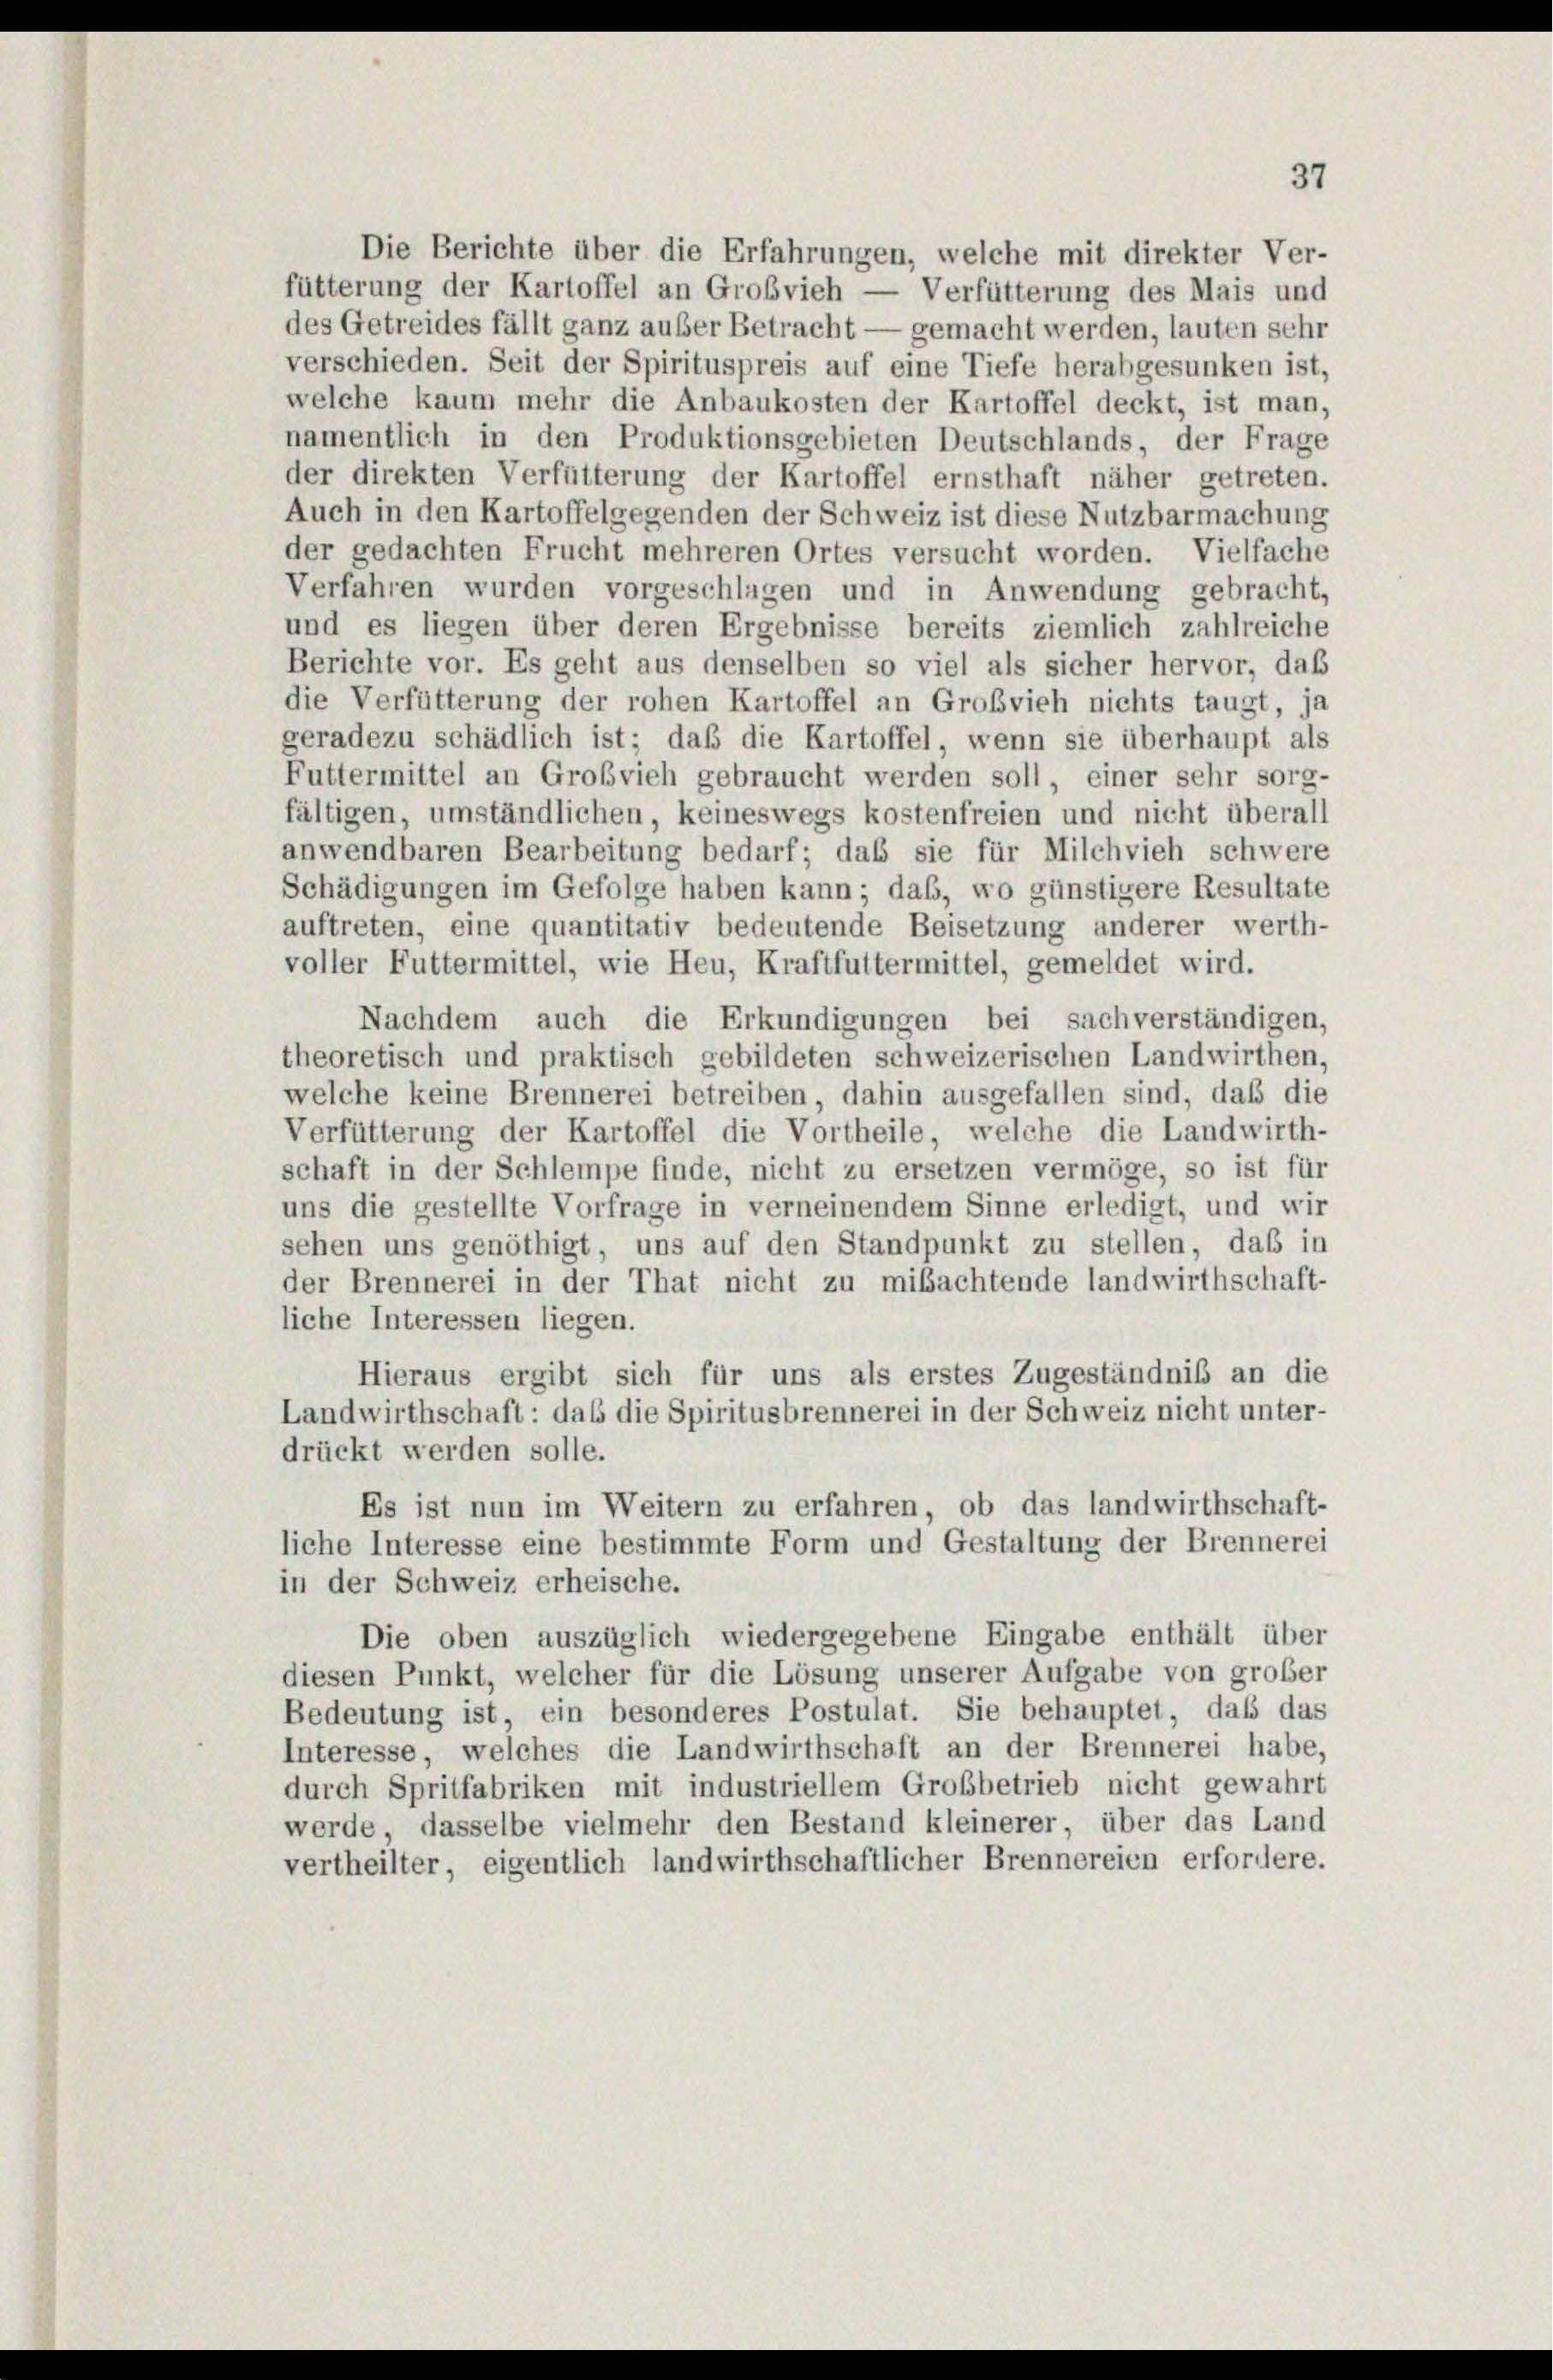
37

Die Berichte über die Erfahrungen, welche mit direkter Ver-
fütterung der Kartoffel an Großvieh — Verfütterung des Mais und
des Getreides fällt ganz auser Betracht — gemacht werden, lauten sehr
verschieden. Seit der Spirituspreis auf eine Tiefe herabgesunken ist,
welche kaum mehr die Anbaukosten der Kartoffel deckt, ist man,
namentlich in den Produktionsgebieten Deutschlands, der Frage
der direkten Verfütterung der Kartoffel ernsthaft näher getreten.
Auch in den Kartoffelgegenden der Schweiz ist diese Nutzbarmachung
der gedachten Frucht mehreren Ortes versucht worden. Vielfache
Verfahren wurden vorgeschlagen und in Anwendung gebracht,
und es liegen über deren Ergebnisse bereits ziemlich zahlreiche
Berichte vor. Es geht aus denselben so viel als sicher hervor, daß
die Verfütterung der rohen Kartoffel an Großvieh nichts taugt, ja
geradezu schädlich ist; daß die Kartoffel, wenn sie überhaupt als
Futtermittel an Großvieh gebraucht werden soll, einer sehr sorg-
fältigen, umständlichen, keineswegs kostenfreien und nicht überall
anwendbaren Bearbeitung bedarf; daß sie für Milchvieh schwere
Schädigungen im Gefolge haben kann; daß, wo günstigere Resultate
auftreten, eine quantitativ bedeutende Beisetzung anderer werth-
voller Futtermittel, wie Heu, Kraftfuttermittel, gemeldet wird.
Nachdem auch die Erkundigungen bei sachverständigen,
theoretisch und praktisch gebildeten schweizerischen Landwirthen,
welche keine Brennerei betreiben, dahin ausgefallen sind, daß die
Verfütterung der Kartoffel die Vortheile, welche die Landwirth-
schaft in der Schlempe finde, nicht zu ersetzen vermöge, so ist für
uns die gestellte Vorfrage in verneinendem Sinne erledigt, und wir
sehen uns genöthigt, uns auf den Standpunkt zu stellen, daß in
der Brennerei in der That nicht zu mißachtende landwirthschaft-
liche Interessen liegen.
Hieraus ergibt sich für uns als erstes Zugeständniß an die
Landwirthschaft: daß die Spiritusbrennerei in der Schweiz nicht unter-
drückt werden solle.
Es ist nun im Weitern zu erfahren, ob das landwirthschaft-
liche Interesse eine bestimmte Form und Gestaltung der Brennerei
in der Schweiz erheische.
Die oben auszüglich wiedergegebene Eingabe enthält über
diesen Punkt, welcher für die Lösung unserer Aufgabe von großer
Bedeutung ist, ein besonderes Postulat. Sie behauptet, dass das
Interesse, welches die Landwirthschaft an der Brennerei habe,
durch Spritfabriken mit industriellem Großbetrieb nicht gewahrt
werde, dasselbe vielmehr den Bestand kleinerer, über das Land
vertheilter, eigentlich landwirthschaftlicher Brennereien erfordere.